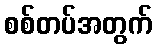
စစ်တပ်အတွက်